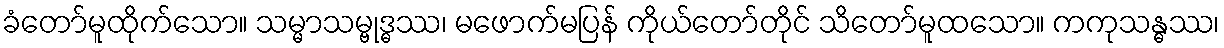
ခံတော်မူထိုက်သော။ သမ္မာသမ္ဗုဒ္ဓဿ၊ မဖောက်မပြန် ကိုယ်တော်တိုင် သိတော်မူထသော။ ကကုသန္ဓဿ၊